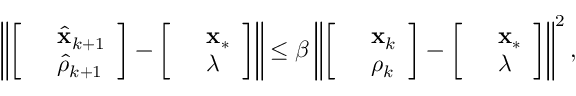
\left\| \left[ \begin{array} { r l } & { \hat { \mathbf { x } } _ { k + 1 } } \\ & { \hat { \rho } _ { k + 1 } } \end{array} \right] - \left[ \begin{array} { r l } & { \mathbf { x } _ { \ast } } \\ & { \lambda } \end{array} \right] \right\| \leq \beta \left\| \left[ \begin{array} { r l } & { \mathbf { x } _ { k } } \\ & { \rho _ { k } } \end{array} \right] - \left[ \begin{array} { r l } & { \mathbf { x } _ { \ast } } \\ & { \lambda } \end{array} \right] \right\| ^ { 2 } ,